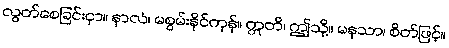
လွတ်စေခြင်းငှာ။ နာလံ၊ မစွမ်းနိုင်ကုန်။ ဣတိ၊ ဤသို့။ မနသာ၊ စိတ်ဖြင့်။